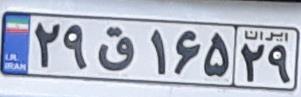
۲۹ق۱۶۵۲۹